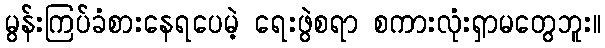
မွန်းကြပ်ခံစားနေရပေမဲ့ ရေးဖွဲစရာ စကားလုံးရှာမတွေဘူး။